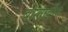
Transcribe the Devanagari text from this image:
बोलावीन